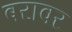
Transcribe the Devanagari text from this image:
बरावर